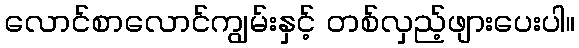
လောင်စာလောင်ကျွမ်းနှင့် တစ်လှည့်ဖျားပေးပါ။